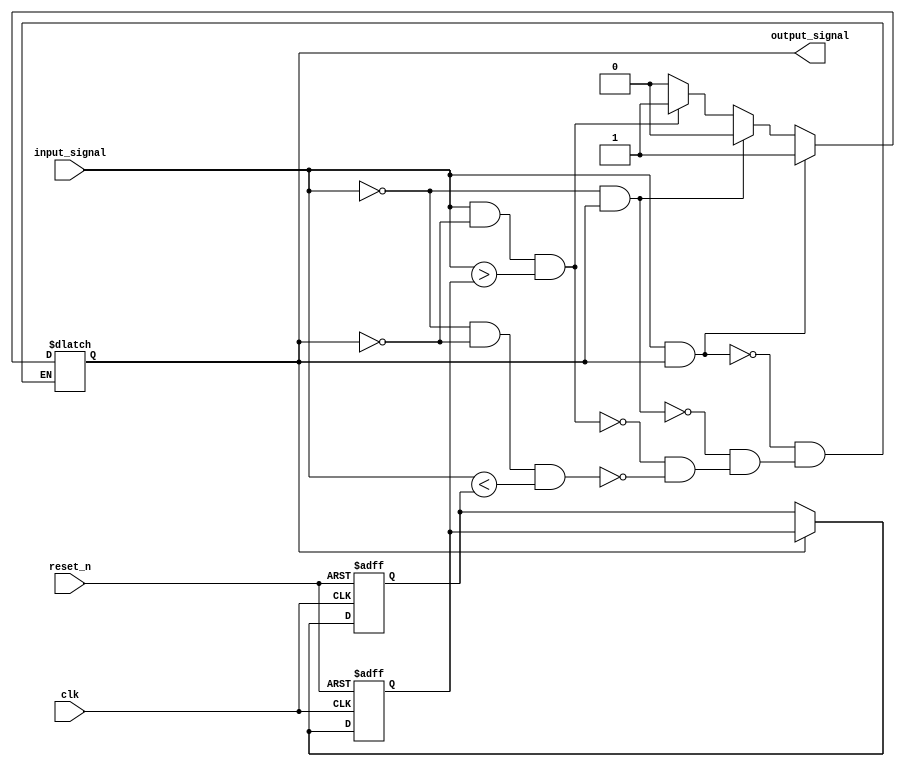
module schmitt_trigger_buffer (
    input wire clk,
    input wire reset_n,
    input wire input_signal,
    output reg output_signal
);

reg threshold_high = 1'b1;
reg threshold_low = 1'b0;

always @ (posedge clk or negedge reset_n) begin
    if (~reset_n) begin
        threshold_high <= 1'b1;
        threshold_low <= 1'b0;
    end else begin
        if (output_signal) begin
            threshold_high <= threshold_high;
            threshold_low <= threshold_high;
        end else begin
            threshold_high <= threshold_low;
            threshold_low <= threshold_low;
        end
    end
end

always @ (*) begin
    if (input_signal && output_signal)
        output_signal <= 1'b1;
    else if (!input_signal && output_signal)
        output_signal <= 1'b0;
    else if (input_signal && !output_signal && (input_signal > threshold_high))
        output_signal <= 1'b1;
    else if (!input_signal && !output_signal && (input_signal < threshold_low))
        output_signal <= 1'b0;
end

endmodule